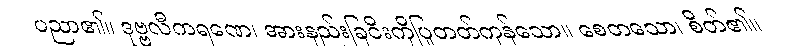
ပညာ၏။ ဒုဗ္ဗလီကရဏေ၊ အားနည်းခြငိးကိုပြုတတ်ကုန်သော။ စေတသော၊ စိတ်၏။